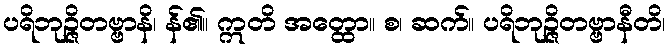
ပရိဘုဉ္ဇိတဗ္ဗာနိ၊ န်၏။ ဣတိ အတ္ထော။ စ၊ ဆက်။ ပရိဘုဉ္ဇိတဗ္ဗာနီတိ၊